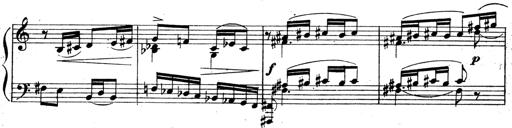
Title: 3 Sonatinas for Piano
Composer: Vissarion Shebalin